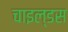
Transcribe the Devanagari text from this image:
चाइल्डस